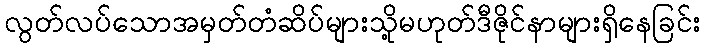
လွတ်လပ်သောအမှတ်တံဆိပ်များသို့မဟုတ်ဒီဇိုင်နာများရှိနေခြင်း